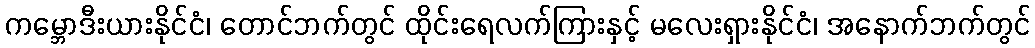
ကမ္ဘောဒီးယားနိုင်ငံ၊ တောင်ဘက်တွင် ထိုင်းရေလက်ကြားနှင့် မလေးရှားနိုင်ငံ၊ အနောက်ဘက်တွင်